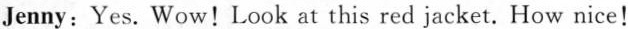
Jenny: Yes. Wow!Look at this red jacket. How nice!